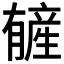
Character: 𬂑